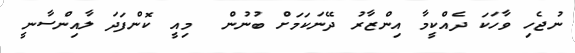
ނުޖެހި ވާހަކަ ދެއްކީމާ އިންޒާރު ދޭނަކަމަށް ބުނުން  މިއީ ކޮންފަދަ ލާއިންސާނީ